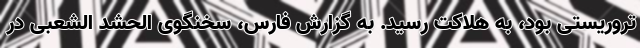
تروریستی بود، به هلاکت رسید. به گزارش فارس، سخنگوی الحشد الشعبی در